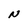
Character: N